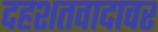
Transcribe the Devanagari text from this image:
दहशतवादावर